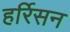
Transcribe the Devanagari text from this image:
हर्रिसन